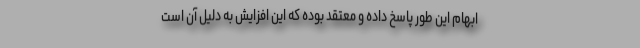
ابهام این طور پاسخ داده و معتقد بوده که این افزایش به دلیل آن است